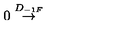
0 \stackrel { D _ { - 1 F } } \to